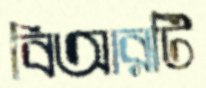
বিআরটি